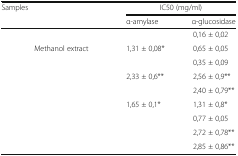
<table><thead><tr><td colspan="2" rowspan="2"><b>Samples</b></td><td colspan="2"><b>IC50 (mg/ml)</b></td></tr><tr><td><b>α-amylase</b></td><td><b>α-glucosidase</b></td></tr></thead><tbody><tr><td colspan="2">[EMPTY_CELL]</td><td>[EMPTY_CELL]</td><td>0,16 ± 0,02</td></tr><tr><td rowspan="4">[EMPTY_CELL]</td><td>Methanol extract</td><td>1,31 ± 0,08*</td><td>0,65 ± 0,05</td></tr><tr><td>[EMPTY_CELL]</td><td>[EMPTY_CELL]</td><td>0,35 ± 0,09</td></tr><tr><td>[EMPTY_CELL]</td><td>2,33 ± 0,6**</td><td>2,56 ± 0,9**</td></tr><tr><td>[EMPTY_CELL]</td><td>[EMPTY_CELL]</td><td>2,40 ± 0,79**</td></tr><tr><td rowspan="4">[EMPTY_CELL]</td><td>[EMPTY_CELL]</td><td>1,65 ± 0,1*</td><td>1,31 ± 0,8*</td></tr><tr><td>[EMPTY_CELL]</td><td>[EMPTY_CELL]</td><td>0,77 ± 0,05</td></tr><tr><td>[EMPTY_CELL]</td><td>[EMPTY_CELL]</td><td>2,72 ± 0,78**</td></tr><tr><td>[EMPTY_CELL]</td><td>[EMPTY_CELL]</td><td>2,85 ± 0,86**</td></tr></tbody></table>